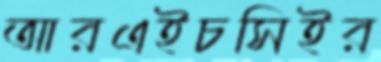
আরএইচসিইর